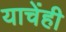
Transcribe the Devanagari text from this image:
याचेंही